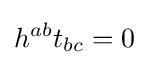
h^{ab}t_{bc}=0